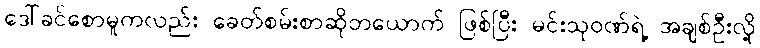
ဒေါ်ခင်စောမူကလည်း ခေတ်စမ်းစာဆိုတယောက် ဖြစ်ပြီး မင်းသုဝဏ်ရဲ့ အချစ်ဦးလို့